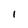
Character: I